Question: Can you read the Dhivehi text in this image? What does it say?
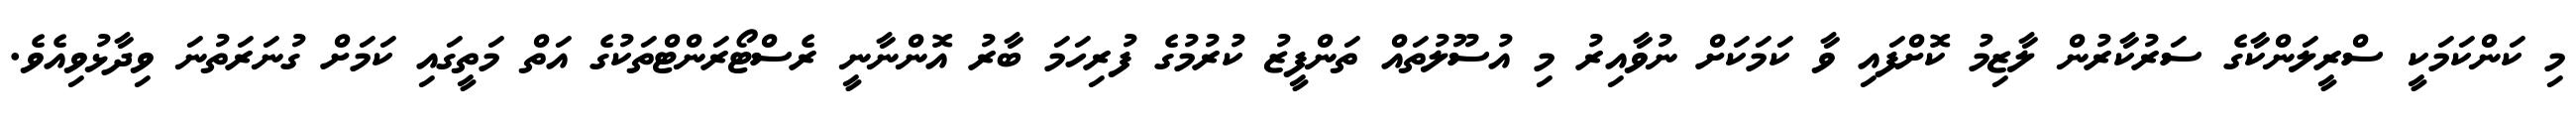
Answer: މި ކަންކަމަކީ ސްރީލަންކާގެ ސަރުކާރުން ލާޒިމު ކޮށްފައި ވާ ކަމަކަށް ނުވާއިރު މި އުސޫލުތައް ތަންފީޒު ކުރުމުގެ ފުރިހަމަ ބާރު އޮންނާނީ ރެސްޓޯރަންޓްތަކުގެ އަތް މަތީގައި ކަމަށް ގުނަރަތުނަ ވިދާޅުވިއެވެ.